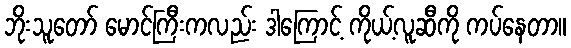
ဘိုးသူတော် မောင်ကြီးကလည်း ဒါကြောင့် ကိုယ့်လူဆီကို ကပ်နေတာ။